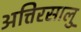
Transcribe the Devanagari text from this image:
अत्तिरसालु